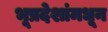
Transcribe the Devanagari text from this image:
भूप्रदेशांमधून